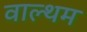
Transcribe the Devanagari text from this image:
वाल्थम